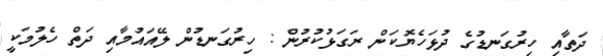
ދަތާއި ހިރުގަނޑުގެ ދުޅަހެޔޮކަން ރަގަޅުކުރުން : ހިރުގަނޑުން ލޭއައުމާއި ދަތް ހެލުމަކީ